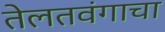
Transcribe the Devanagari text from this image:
तेलतवंगाचा